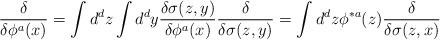
LaTeX: \begin{align*}{\delta\over\delta\phi^{a}(x)}=\int d^{d}z\int d^{d}y {\delta\sigma(z,y)\over\delta\phi^{a}(x)}{\delta\over\delta\sigma(z,y)}=\int d^{d}z\phi^{*a}(z){\delta\over\delta\sigma(z,x)}\end{align*}